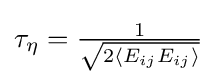
\tau _{\eta }={\tfrac {1}{\sqrt {2\langle E_{ij}E_{ij}\rangle }}}